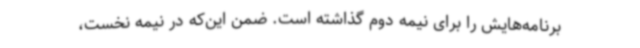
برنامه‌هایش را برای نیمه دوم گذاشته است. ضمن این‌که در نیمه نخست،